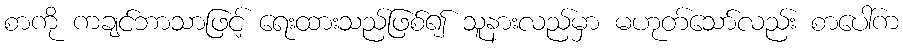
စာကို ကချင်ဘာသာဖြင့် ရေးထားသည်ဖြစ်၍ သူနားလည်မှာ မဟုတ်သော်လည်း စာပေါ်က